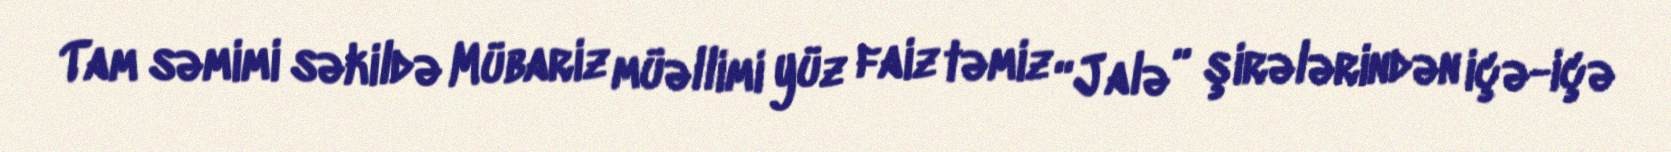
Tam səmimi səkildə Mübariz müəllimi yüz faiz təmiz “Jalə” şirələrindən içə-içə